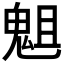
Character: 𩲲